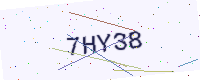
Text: 7HY38